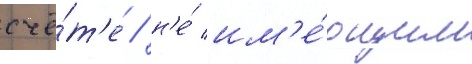
счё́т'е / н'е́ им'е́ющим